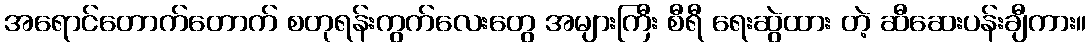
အရောင်တောက်တောက် စတုရန်းကွက်လေးတွေ အများကြီး စီရီ ရေးဆွဲထား တဲ့ ဆီဆေးပန်းချီကား။